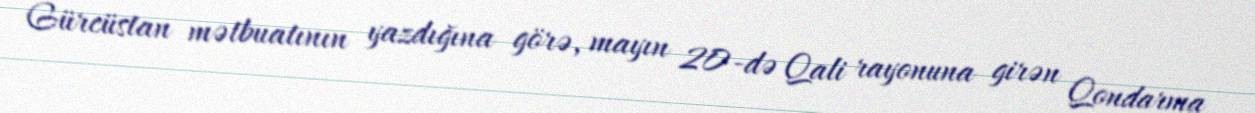
Gürcüstan mətbuatının yazdığına görə, mayın 20-də Qali rayonuna girən Qondarma